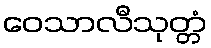
ဝေသာလီသုတ္တံ